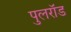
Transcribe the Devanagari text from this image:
पुलरॉड